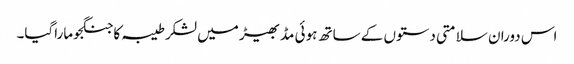
اس دوران سلامتی دستوں کے ساتھ ہوئی مڈبھیڑ میں لشکرطیبہ کا جنگجوماراگیا۔